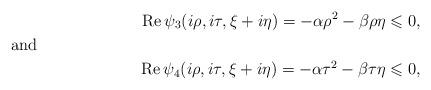
LaTeX: \begin{align*}\operatorname{Re}\psi_3(i\rho,i\tau,\xi+i\eta)=-\alpha\rho^2-\beta\rho\eta\leqslant 0,\shortintertext{and }\operatorname{Re}\psi_4(i\rho,i\tau, \xi+i\eta)=-\alpha\tau^2-\beta\tau\eta \leqslant 0,\end{align*}